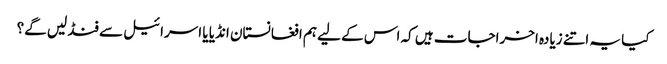
کیا یہ اتنے زیادہ اخراجات ہیں کہ اس کے لیے ہم افغانستان انڈیا یا اسرائیل سے فنڈ لیں گے؟